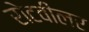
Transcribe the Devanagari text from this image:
रोटवीलर